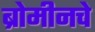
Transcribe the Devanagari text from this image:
ब्रोमीनचे